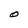
Character: O